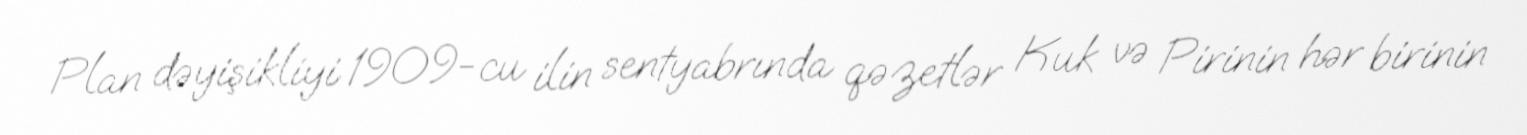
Plan dəyişikliyi 1909-cu ilin sentyabrında qəzetlər Kuk və Pirinin hər birinin